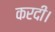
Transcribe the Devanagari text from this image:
करदी।